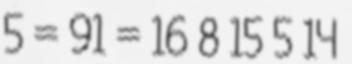
5 = 91 = 16 8 15 5 14